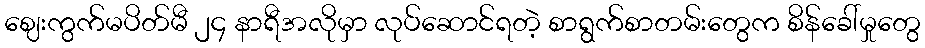
ဈေးကွက်မပိတ်မီ ၂၄ နာရီအလိုမှာ လုပ်ဆောင်ရတဲ့ စာရွက်စာတမ်းတွေက စိန်ခေါ်မှုတွေ